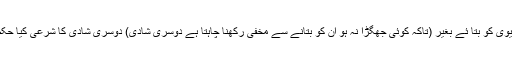
پہلی بیوی کو بتا ئے بغیر (تاکہ کوئی جھگڑا نہ ہو ان کو بتانے سے مخفی رکھنا چاہتا ہے دوسری شادی) دوسری شادی کا شرعی کیا حکم ہے؟